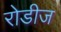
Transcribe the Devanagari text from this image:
रोडीज